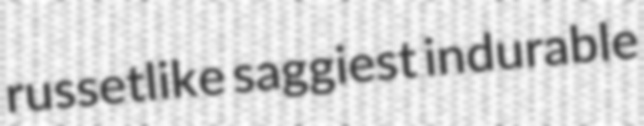
russetlike saggiest indurable